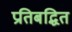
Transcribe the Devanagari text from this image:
प्रतिबद्धित